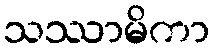
သဿာမိကာ